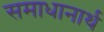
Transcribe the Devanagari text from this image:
समाधानार्थ